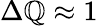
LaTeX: \Delta\mathbb{Q}\approx1